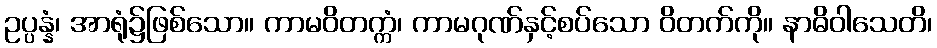
ဥပ္ပန္နံ၊ အာရုံ၌ဖြစ်သော။ ကာမဝိတက္ကံ၊ ကာမဂုဏ်နှင့်စပ်သော ဝိတက်ကို။ နာဓိဝါသေတိ၊